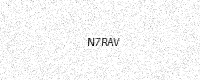
Text: N7RAV